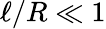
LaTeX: \ell/R\ll 1